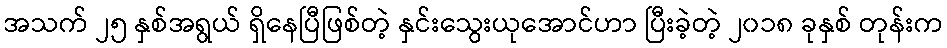
အသက် ၂၅ နှစ်အရွယ် ရှိနေပြီဖြစ်တဲ့ နှင်းသွေးယုအောင်ဟာ ပြီးခဲ့တဲ့ ၂၀၁၈ ခုနှစ် တုန်းက